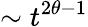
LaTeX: \sim t^{2\theta-1}